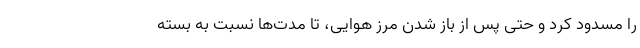
را مسدود کرد و حتی پس از باز شدن مرز هوایی، تا مدت‌ها نسبت به بسته